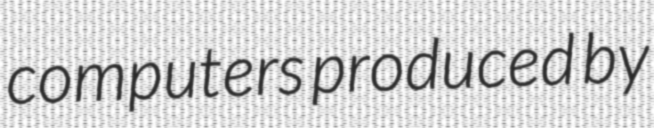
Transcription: computers produced by